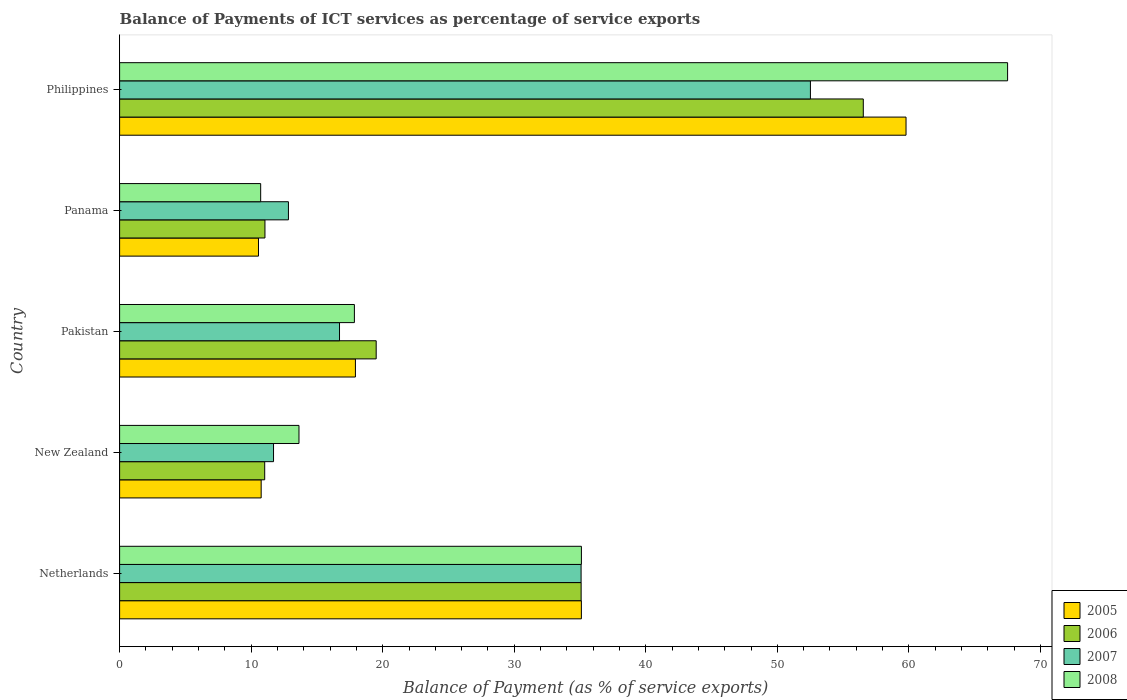
| Country | 2005 | 2006 | 2007 | 2008 |
 | --- | --- | --- | --- | --- |
 | Netherlands | 35.1 | 35.1 | 35.1 | 35.1 |
 | New Zealand | 10.8 | 11 | 11.7 | 13.6 |
 | Pakistan | 17.9 | 19.5 | 16.7 | 17.8 |
 | Panama | 10.6 | 11 | 12.8 | 10.7 |
 | Philippines | 59.8 | 56.5 | 52.5 | 67.5 |